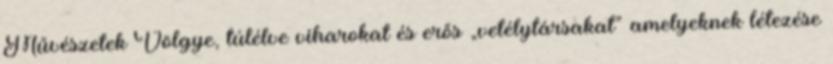
Művészetek Völgye, túlélve viharokat és erős „vetélytársakat” amelyeknek létezése